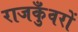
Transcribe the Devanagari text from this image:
राजकुँवरों